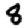
Digit: 8